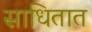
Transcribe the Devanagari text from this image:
साधितात